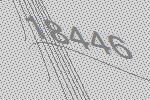
18446